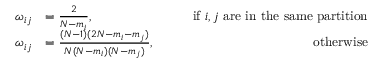
\begin{array} { r l r } { \omega _ { i j } } & { = \frac { 2 } { N - m _ { i } } , \qquad } & { \mathrm { i f ~ } i , j \mathrm { ~ a r e ~ i n ~ t h e ~ s a m e ~ p a r t i t i o n } } \\ { \omega _ { i j } } & { = \frac { ( N - 1 ) ( 2 N - m _ { i } - m _ { j } ) } { N ( N - m _ { i } ) ( N - m _ { j } ) } , \qquad } & { \mathrm { o t h e r w i s e } } \end{array}